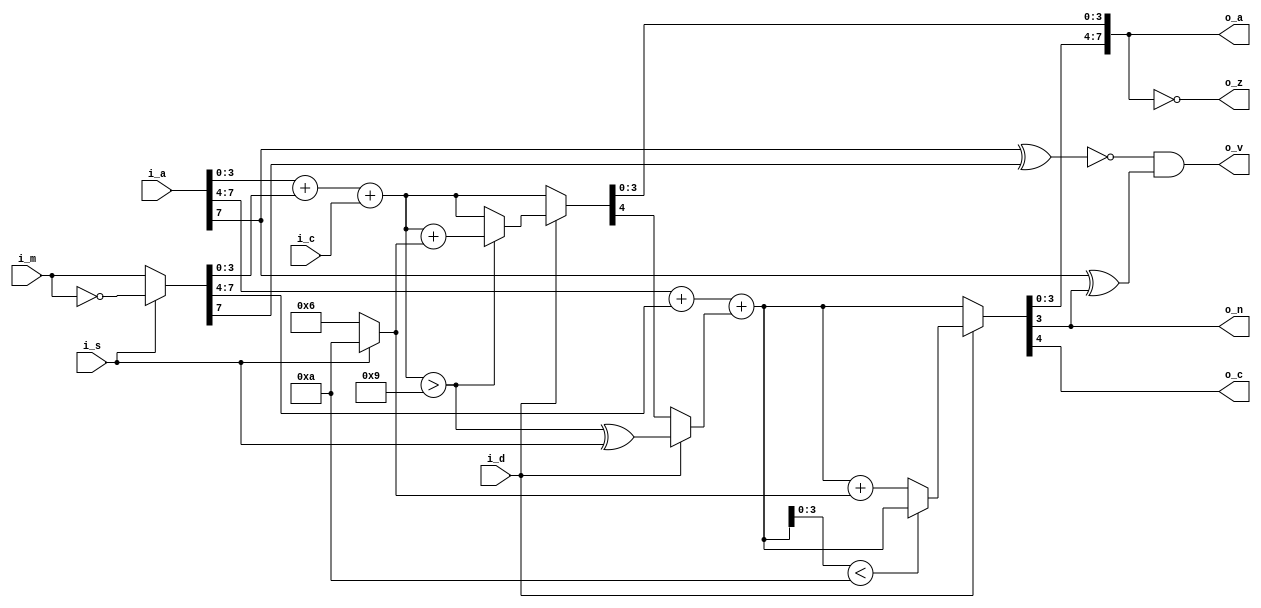
// This program was cloned from: https://github.com/atrac17/Toaplan2
// License: GNU General Public License v3.0

// Copyright (c) 2014 Takashi Toyoshima <toyoshim@gmail.com>.
// All rights reserved.  Use of this source code is governed by a BSD-style
// license that can be found in the LICENSE file.

module MC6502Accumulator(
    i_a,
    i_m,
    i_c,
    i_d,
    i_s,
    o_a,
    o_n,
    o_z,
    o_c,
    o_v);
  input  [7:0] i_a;
  input  [7:0] i_m;
  input        i_c;
  input        i_d;
  input        i_s;
  output [7:0] o_a;
  output       o_n;
  output       o_z;
  output       o_c;
  output       o_v;

  wire   [7:0] w_m;
  wire   [4:0] w_bsum_lo;
  wire   [4:0] w_dsum_lo;
  wire   [4:0] w_bsum_hi;
  wire   [4:0] w_dsum_hi;
  wire   [4:0] w_sum_low;
  wire   [4:0] w_sum_high;
  wire         w_dover_lo;
  wire         w_carry;
  wire   [3:0] w_fix;

  assign w_m        = i_s ? ~i_m : i_m;
  assign w_fix      = i_s ? 4'ha : 4'h6;
  assign w_bsum_lo  = i_a[3:0] + w_m[3:0] + { 3'b000, i_c };
  assign w_dover_lo = w_bsum_lo > 5'h9;
  assign w_dsum_lo  = w_dover_lo ? (w_bsum_lo + w_fix) : w_bsum_lo;
  assign w_sum_low  = i_d ? w_dsum_lo : w_bsum_lo;
  assign w_carry    = i_d ? w_dover_lo ^ i_s : w_sum_low[4];
  assign w_bsum_hi  = i_a[7:4] + w_m[7:4] + { 3'b000, w_carry };
  assign w_dsum_hi  = (w_bsum_hi[3:0] < 4'ha) ? w_bsum_hi : (w_bsum_hi + w_fix);
  assign w_sum_high = i_d ? w_dsum_hi : w_bsum_hi;
  assign o_a        = { w_sum_high[3:0], w_sum_low[3:0] };
  assign o_n        = o_a[7];
  assign o_z        = o_a == 8'h00;
  assign o_c        = w_sum_high[4];
  assign o_v        = (!(i_a[7] ^ w_m[7]) & (i_a[7] ^ o_a[7]));
endmodule  // MC6502Accumulator